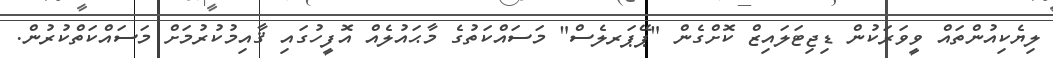
ލިޔެކިއުންތައް ވީވަރަކުން ޑިޖިޓަލައިޒް ކޮށްގެން "ޕޭޕަރލެސް" މަސައްކަތުގެ މާޙައުލެއް އޮފީހުގައި ޤާއިމުކުރުމަށް މަސައްކަތްކުރުން.